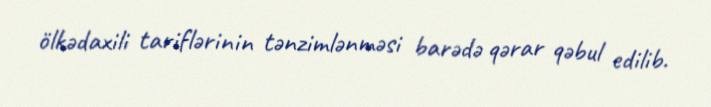
ölkədaxili tariflərinin tənzimlənməsi barədə qərar qəbul edilib.